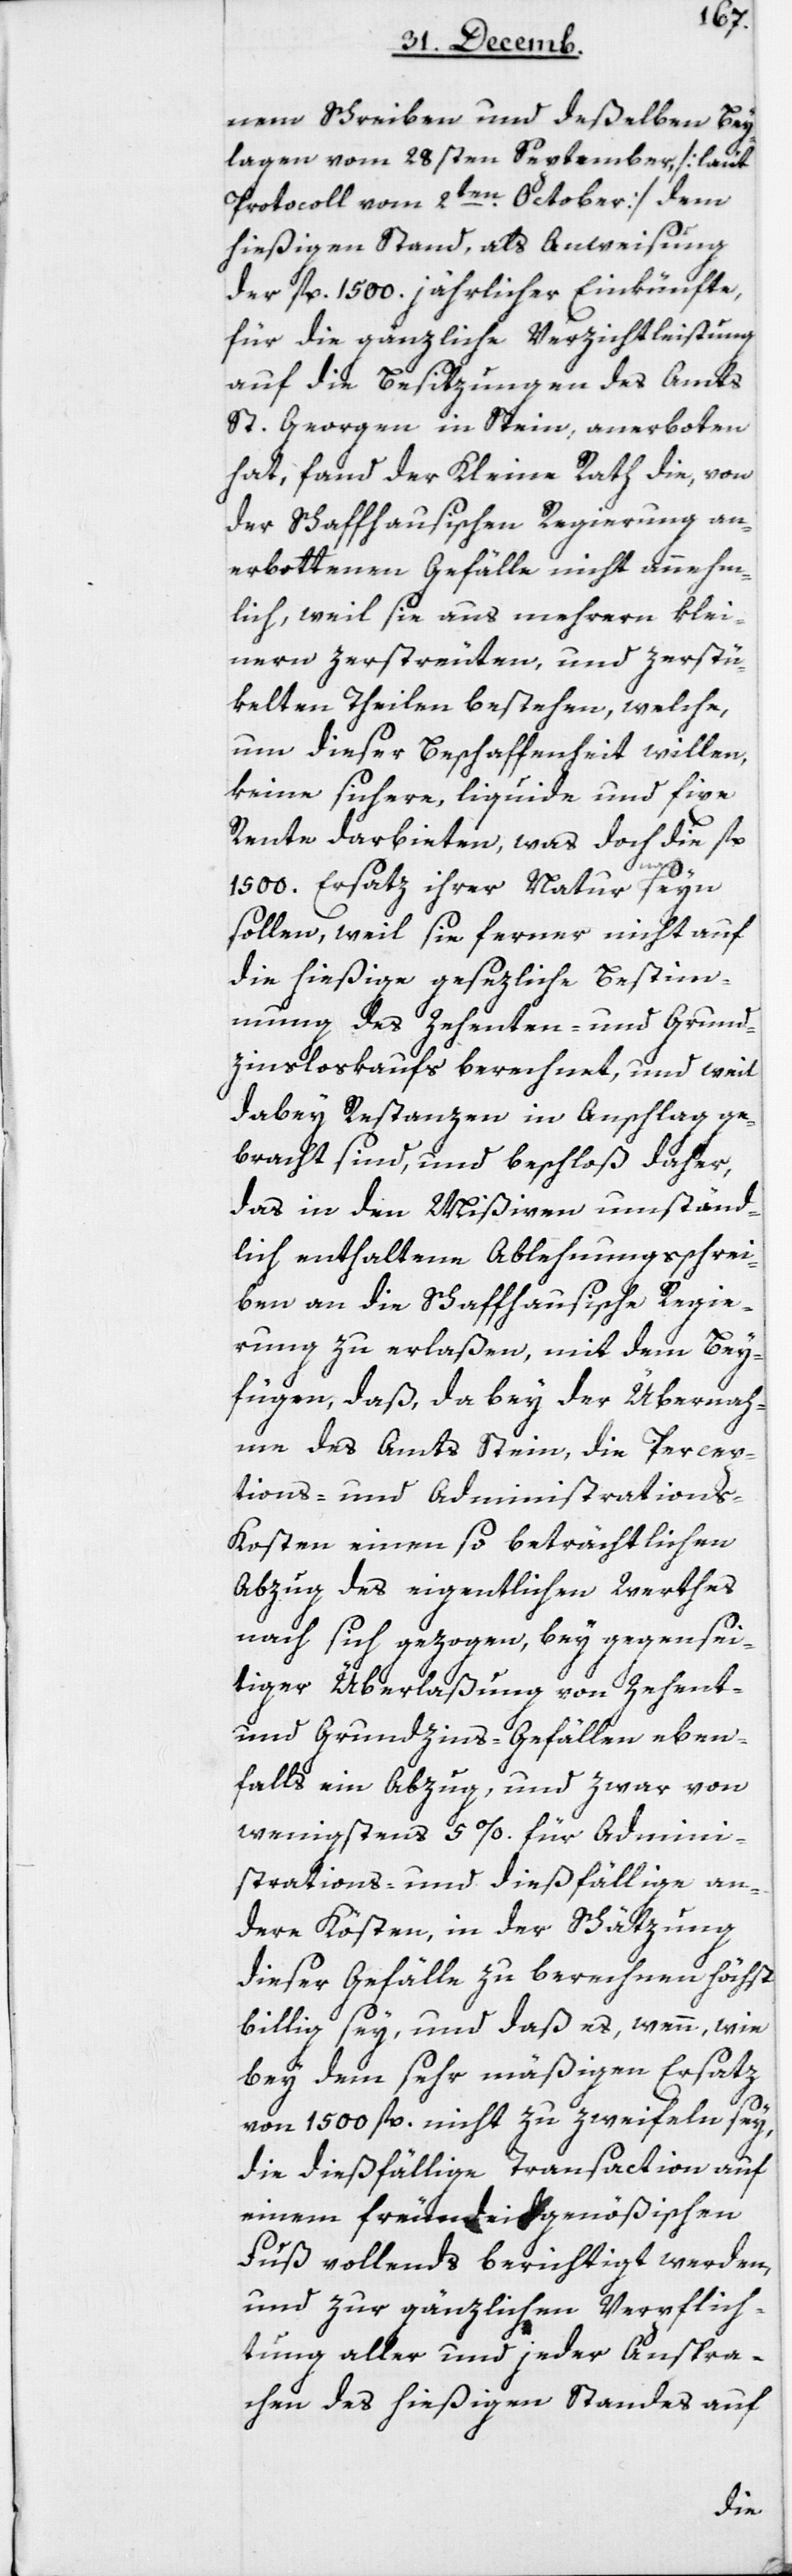
nem Schreiben und deßelben Bey¬
lagen vom 28sten September (laut
Protocoll vom 2ten October) dem
hießigen Stand, als Anweisung
der fl. 1500 jährlicher Einkünfte,
für die gänzliche Verzichtleistung
auf die Besitzungen des Amts
St. Georgen in Stein, anerboten
hat, fand der Kleine Rath die, von
der Schaffhausischen Regierung an¬
erbottenen Gefälle nicht annehm¬
lich, weil sie aus mehrern klei¬
nern, zerstreuten und zerstü¬
kelten Theilen bestehen, welche,
um dieser Beschaffenheit willen,
keine sichere, liquide und fixe
Rente darbieten, was doch die fl.
1500 Ersatz ihrer Natur seyn
sollen, weil sie ferner nicht auf
die hießige gesetzliche Bestim¬
mung des Zehenten- und Grund¬
zinsverkaufs berechnet, und weil
dabey Restanzen in Anschlag ge¬
bracht sind, und beschloß daher,
das in den Mißiven umständ¬
lich enthaltene Ablehnungsschrei¬
ben an die Schaffhausische Regie¬
rung zu erlaßen, mit dem Bey¬
fügen, daß, da bey der Übernah¬
me des Amts Stein, die Percep¬
tions- und Administration¬
s-Kosten einen so beträchtlichen
Abzug des eigentlichen Werthes
nach sich gezogen, bey gegensei¬
tiger Überlaßung von Zehent-
und Grundzins-Gefällen eben¬
falls ein Abzug, und zwar von
wenigsten 5% für Admini¬
strations- und dießfällige an¬
dere Kösten, in der Schätzung
dieser Gefälle zu berechnen höchst
billig sey, und daß es, wenn, wie
bey dem sehr mäßigen Ersatz
von 1500 fl. nicht zu zweyfeln sey,
die dießfällige Transaction auf
einem freundeidgenößischen
Fuß vollends berichtigt werden,
und zur gänzlichen Verpflich¬
tung aller und jeder Anspra¬
chen des hießigen Standes auf